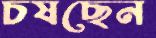
চষছেন